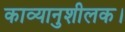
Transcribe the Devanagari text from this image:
काव्यानुशीलक।